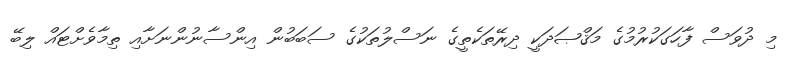
މި ދުވަސް ފާހަގަކުރުމުގެ މަޤްޞަދަކީ ދިރޭތަކެތީގެ ނަސްލުތަކުގެ ސަބަބުން އިންސާނުންނަށާއި ތިމާވެށްޓައް ލިބޭ